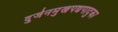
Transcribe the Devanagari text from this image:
दुर्जनमुखपद्यपादुका